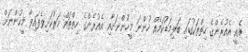
އެއީ އެއުރެންގެ ހިތްތަކުގައި ބަލިމަޑުކަމެއް ހުންނަ މީހުންނަށާއި އެއުރެންގެ ހިތްތައް ހަރުކަށިވެފައިވާ މީހުންނަށް